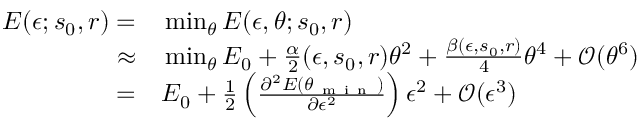
\begin{array} { r l } { E ( \epsilon ; s _ { 0 } , r ) = } & { { } \operatorname* { m i n } _ { \theta } E ( \epsilon , \theta ; s _ { 0 } , r ) } \\ { \approx } & { { } \operatorname* { m i n } _ { \theta } E _ { 0 } + \frac { \alpha } { 2 } ( \epsilon , s _ { 0 } , r ) \theta ^ { 2 } + \frac { \beta ( \epsilon , s _ { 0 } , r ) } { 4 } \theta ^ { 4 } + \mathcal { O } ( \theta ^ { 6 } ) } \\ { = } & { { } E _ { 0 } + \frac 1 2 \left( \frac { \partial ^ { 2 } E ( \theta _ { \mathrm { ~ m ~ i ~ n ~ } } ) } { \partial \epsilon ^ { 2 } } \right) \epsilon ^ { 2 } + \mathcal { O } ( \epsilon ^ { 3 } ) } \end{array}